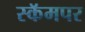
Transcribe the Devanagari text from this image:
स्कॅमपर